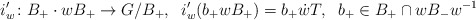
\begin{align*}i'_w \colon B_+ \cdot w B_+ \to G/B_+, \; \;i'_w(b_+ w B_+) = b_+ \dot{w} T, \; \; b_+ \in B_+ \cap w B_- w^{-1}\end{align*}